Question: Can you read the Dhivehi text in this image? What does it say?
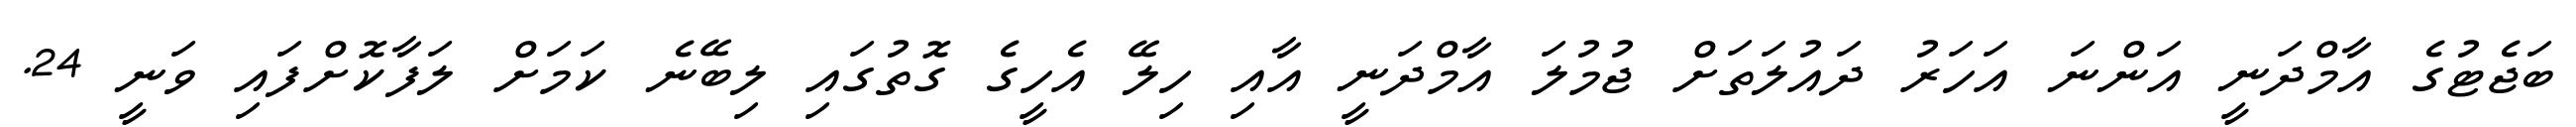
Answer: ބަޖެޓުގެ އާމްދަނީ އަންނަ އަހަރު ދައުލަތަށް ޖުމުލަ އާމްދަނީ އާއި ހިލޭ އެހީގެ ގޮތުގައި ލިބޭނެ ކަމަށް ލަފާކޮށްފައި ވަނީ 24.